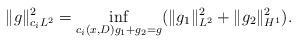
LaTeX: \begin{align*} \|g\|_{c_iL^2}^2 = \inf_{c_i(x,D) g_1 + g_2 = g} (\|g_1\|_{L^2}^2 + \|g_2\|_{H^1}^2).\end{align*}